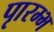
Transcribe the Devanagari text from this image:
पाृरम्भ